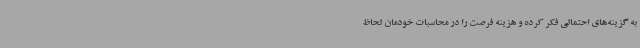
به گزینه‌های احتمالی فکر کرده و هزینه فرصت را در محاسبات خودمان لحاظ